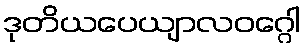
ဒုတိယပေယျာလဝဂ္ဂေါ